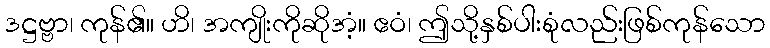
ဒဋ္ဌဗ္ဗာ၊ ကုန်၏။ ဟိ၊ အကျိုးကိုဆိုအံ့။ ဧဝံ၊ ဤသို့နှစ်ပါးစုံလည်းဖြစ်ကုန်သော